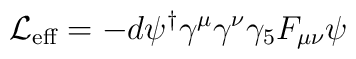
{\cal L}_{\mbox{\scriptsize eff}} = - d\psi^{\dagger}\gamma^{\mu}\gamma^{\nu} \gamma_{5} F_{\mu \nu} \psi